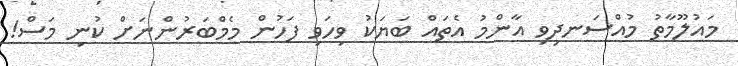
މައުލޫމާތު މުއްސަނދިވި އާންމު އެތައް ބަޔަކު ވިހަވި ފަހުން މެމްބަރުންނަށް ކުނި މަސް!